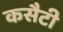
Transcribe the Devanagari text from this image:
कसैटी